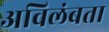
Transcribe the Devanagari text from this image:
अविलंबता